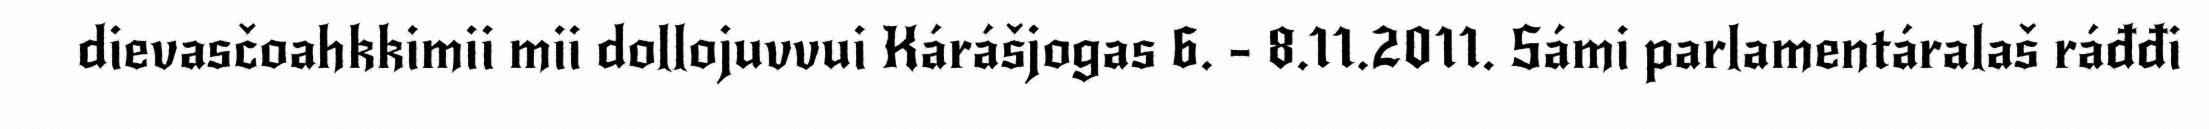
dievasčoahkkimii mii dollojuvvui Kárášjogas 6. - 8.11.2011. Sámi parlamentáralaš ráđđi